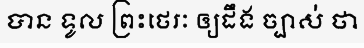
បាន ទូល ព្រះថេរៈ ឲ្យដឹង ច្បាស់ ថា